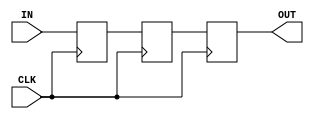
`timescale 1ns / 1ps

// synchronizing asynchronous signals/flags, prevents metastable events

module three_stage_synchronizer #(
    parameter WIDTH = 1
) (
    input wire                  CLK,
    input wire  [WIDTH-1:0]     IN,
    output reg  [WIDTH-1:0]     OUT
);

reg [WIDTH-1:0] out_d_ff_1, out_d_ff_2;


always @(posedge CLK) // first stage
begin
    out_d_ff_1 <= IN;
    out_d_ff_2 <= out_d_ff_1;
    OUT <= out_d_ff_2;
end

endmodule